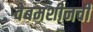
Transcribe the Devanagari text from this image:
वेबमशीनची